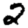
Digit: 2